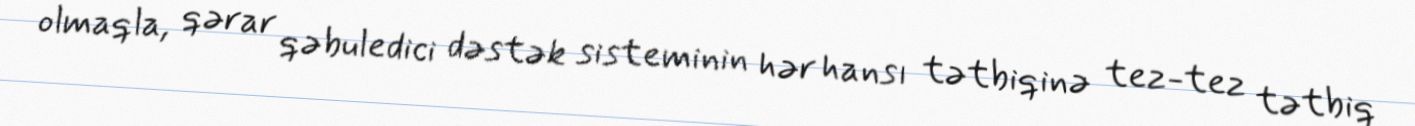
olmaqla, qərar qəbuledici dəstək sisteminin hər hansı tətbiqinə tez-tez tətbiq